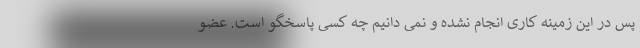
پس در این زمینه کاری انجام نشده و نمی دانیم چه کسی پاسخگو است. عضو